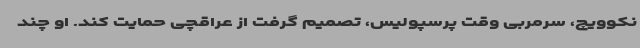
نکوویچ، سرمربی وقت پرسپولیس، تصمیم گرفت از عراقچی حمایت کند. او چند